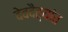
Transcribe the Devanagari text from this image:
देवदैत्यांत